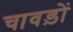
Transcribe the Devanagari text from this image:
चावड़ों